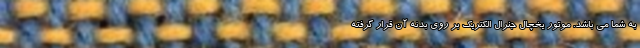
به شما می باشد. موتور یخچال جنرال الکتریک بر روی بدنه آن قرار گرفته